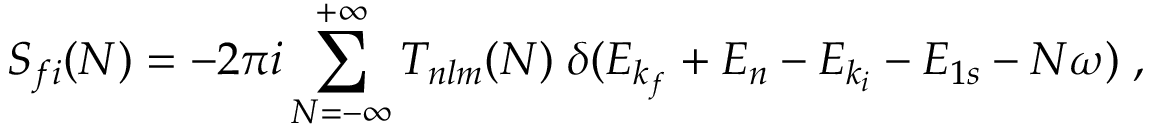
S _ { f i } ( N ) = - 2 \pi i \sum _ { N = - \infty } ^ { + \infty } T _ { n l m } ( N ) \; \delta ( E _ { k _ { f } } + { E } _ { n } - E _ { k _ { i } } - { E } _ { 1 s } - N \omega ) \; ,